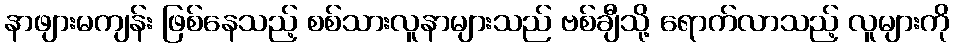
နာဖျားမကျန်း ဖြစ်နေသည့် စစ်သားလူနာများသည် ဗစ်ချီသို့ ရောက်လာသည့် လူများကို